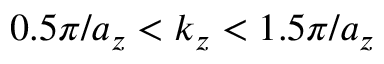
0 . 5 \pi / a _ { z } < k _ { z } < 1 . 5 \pi / a _ { z }